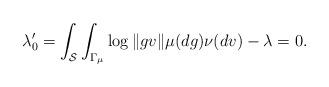
LaTeX: \begin{align*}\lambda'_0 = \int_{\mathcal S} \int_{\Gamma_{\mu}} \log \|g v\| \mu(dg) \nu(dv) - \lambda = 0. \end{align*}